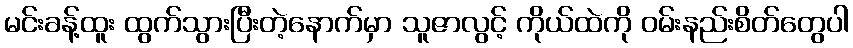
မင်းခန့်ထူး ထွက်သွားပြီးတဲ့နောက်မှာ သူဇာလွင့် ကိုယ်ထဲကို ဝမ်းနည်းစိတ်တွေပါ